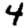
Digit: 4